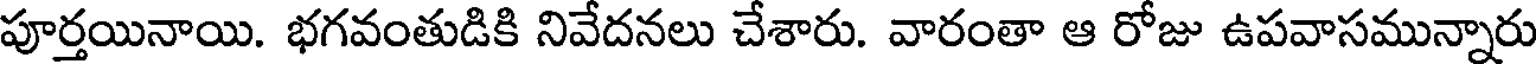
పూర్తయినాయి. భగవంతుడికి నివేదనలు చేశారు. వారంతా ఆ రోజు ఉపవాసమున్నారు